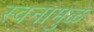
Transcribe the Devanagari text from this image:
स्वनामुळे